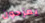
يمزحون